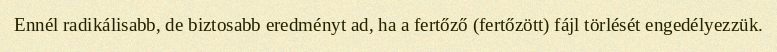
Ennél radikálisabb, de biztosabb eredményt ad, ha a fertőző (fertőzött) fájl törlését engedélyezzük.